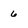
Character: 6